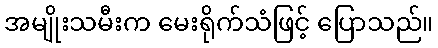
အမျိုးသမီးက မေးရိုက်သံဖြင့် ပြောသည်။